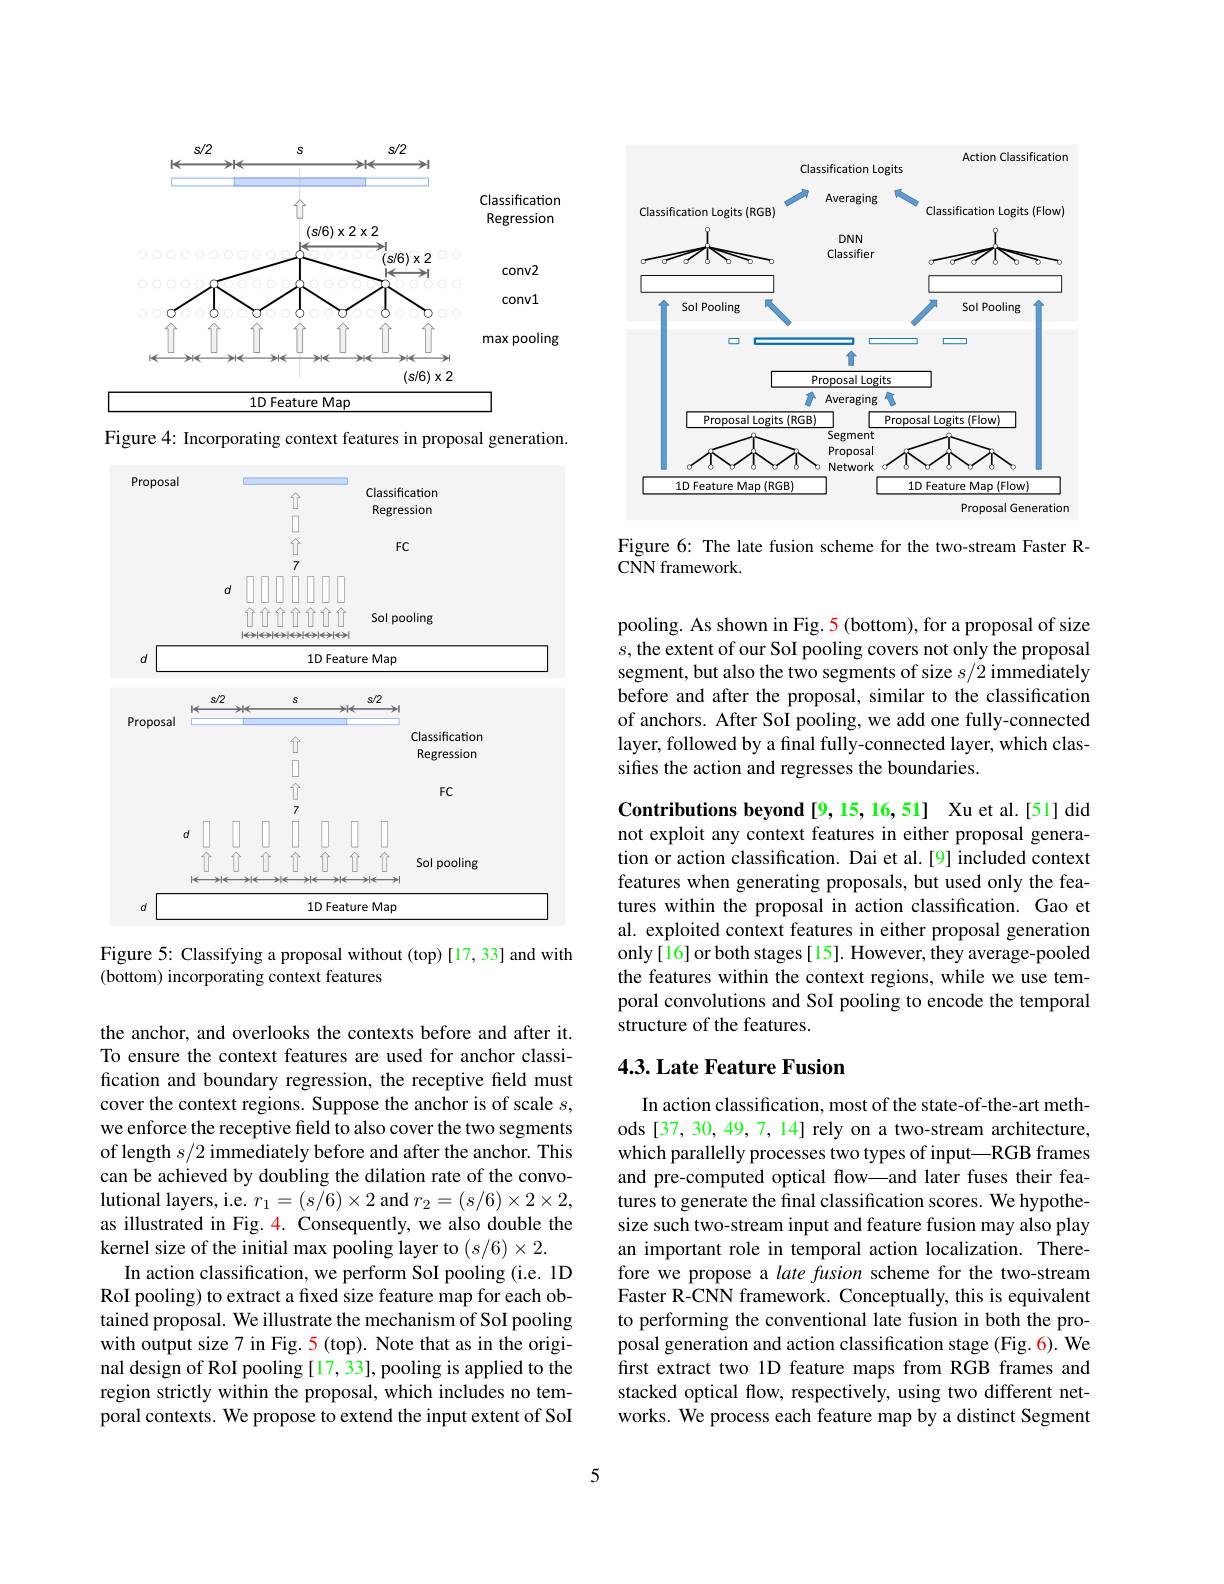
<FigureHere>

Figure 4: Incorporating context features in proposal generation.

<FigureHere>
Figure 5: Classifying a proposal without (top)[17,33] and with

(bottom) incorporating context features

the anchor, and overlooks the contexts before and after it. To ensure the context features are used for anchor classification and boundary regression, the receptive field must cover the context regions. Suppose the anchor is of scale $s$, we enforce the receptive field to also cover the two segments of length $s/2$ immediately before and after the anchor. This can be achieved by doubling the dilation rate of the convolutional layers, i.e. $r_1=(s/6)\times2$ and $r_2=(s/6)\times2\times2$, as illustrated in Fig. 4. Consequently, we also double the kernel size of the initial max pooling layer to $(s/6)\times2.$
In action classification, we perform SoI pooling (i.e. 1D RoI pooling) to extract a fixed size feature map for each obtained proposal. We illustrate the mechanism of SoI pooling with output size 7 in Fig. 5 (top). Note that as in the original design of RoI pooling [17, 33], pooling is applied to the region strictly within the proposal, which includes no temporal contexts. We propose to extend the input extent of SoI

<FigureHere>

Figure 6: The late fusion scheme for the two-stream Faster R-
CNN framework.

pooling. As shown in Fig. 5 (bottom), for a proposal of size $s$,the extent of our SoI pooling covers not only the proposal segment, but also the two segments of size $s/2$ immediately before and after the proposal, similar to the classification of anchors. After SoI pooling, we add one fully-connected layer, followed by a final fully-connected layer, which classifies the action and regresses the boundaries.

Contributions beyond [9,15,16,51] Xu et al.[51] did not exploit any context features in either proposal generation or action classification. Dai et al.[9] included context features when generating proposals, but used only the features within the proposal in action classification. Gao et al. exploited context features in either proposal generation only[16]or both stages[15]. However, they average-pooled the features within the context regions, while we use temporal convolutions and SoI pooling to encode the temporal structure of the features.

## 4.3. Late Feature Fusion

In action classification, most of the state-of-the-art methods [37, 30, 49, 7, 14] rely on a two-stream architecture, which parallelly processes two types of input—RGB frames and pre-computed optical flow—and later fuses their features to generate the final classification scores. We hypothesize such two-stream input and feature fusion may also play an important role in temporal action localization. Therefore we propose a late fusion scheme for the two-stream Faster R-CNN framework. Conceptually, this is equivalent to performing the conventional late fusion in both the proposal generation and action classification stage (Fig. 6). We first extract two 1D feature maps from RGB frames and stacked optical flow, respectively, using two different networks. We process each feature map by a distinct Segment

5